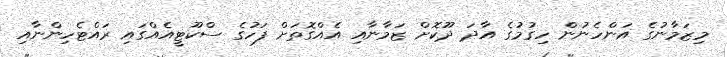
މިޒަމާނުގެ އަންހެނުން ހިގުމުގެ އާދަ ދޫކޮށް ޒަމާނާއި އެއްގޮތަށް ފަހުގެ ސްކޫޓީއެއްގައި ރައްޓެހިންނާއި